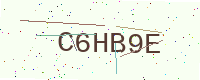
Text: C6HB9E